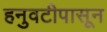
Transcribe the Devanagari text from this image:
हनुवटीपासून